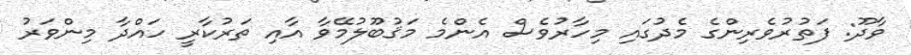
ވާދޫ: ފަތުރުވެރިންގެ މެދުގައި މިހާރުވެސް އެންމެ މަޤުބޫލުމޭވާ އާއި ތަރުކާރީ ހައްދާ މިންވަރު